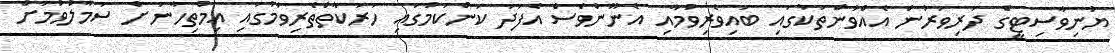
ޔުނިވާސިޓީގެ ދަރިވަރުން އެއްވުންތަކުގައި ބައިވެރިވުމާއި އެނޫންވެސް އެފަދަ ކަންކަމުގައި ހަރަކާތްތެރިވުމުގައި އިމްތިހާނަށް ސަމާލުވުމަށް